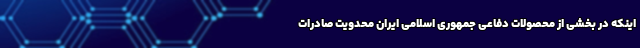
اینکه در بخشی از محصولات دفاعی جمهوری اسلامی ایران محدویت صادرات